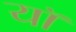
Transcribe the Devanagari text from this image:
यॉ